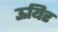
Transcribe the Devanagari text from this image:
ऊयिर